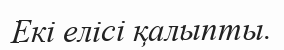
Екі елісі қалыпты.